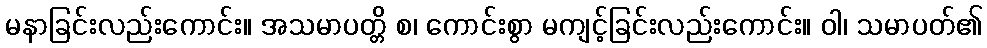
မနာခြင်းလည်းကောင်း။ အသမာပတ္တိ စ၊ ကောင်းစွာ မကျင့်ခြင်းလည်းကောင်း။ ဝါ၊ သမာပတ်၏